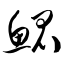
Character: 鲲